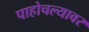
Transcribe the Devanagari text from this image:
पाहोचल्यावर